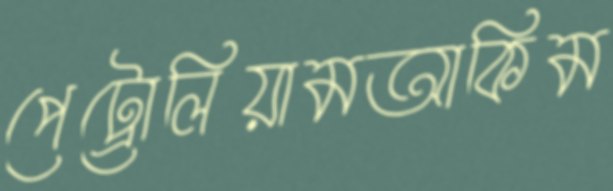
পেট্রোলিয়ামআকিম